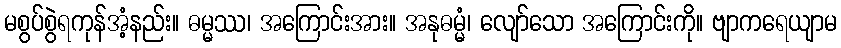
မစွပ်စွဲရကုန်အံ့နည်း။ ဓမ္မဿ၊ အကြောင်းအား။ အနုဓမ္မံ၊ လျော်သော အကြောင်းကို။ ဗျာကရေယျာမ